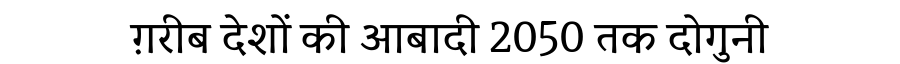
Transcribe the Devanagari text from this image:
ग़रीब देशों की आबादी 2050 तक दोगुनी